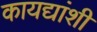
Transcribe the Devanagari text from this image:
कायद्यांशी